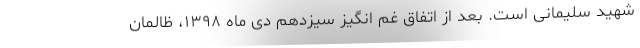
شهید سلیمانی است. بعد از اتفاق غم انگیز سیزدهم دی ماه ۱۳۹۸، ظالمان